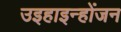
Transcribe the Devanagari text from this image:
उइहाइन्होंजन